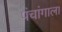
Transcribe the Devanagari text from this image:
पंचांगाला